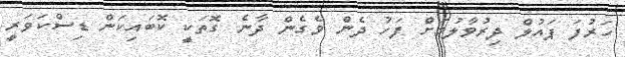
ހަރުފަ ޕައުލް ދިރުވާލުމަށް ފަހު ދެން ވެގެން ދާނެ ގޮތަކީ ކޮބައިކަން ޑިސްކަވަރީ